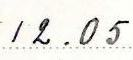
12.05